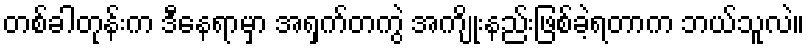
တစ်ခါတုန်းက ဒီနေရာမှာ အရှက်တကွဲ အကျိုးနည်းဖြစ်ခဲ့ရတာက ဘယ်သူလဲ။